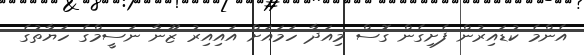
އެންމެ ކުޑައިރުން ފެށިގެން ގޮސް މިއަދާ ހަމައަށް އައިއިރު ޒޫނާ ނަސީމްގެ ހަޔާތުގެ